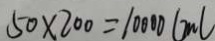
5 0 \times 2 0 0 = 1 0 0 0 0 ( m l